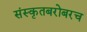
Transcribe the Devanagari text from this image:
संस्कृतबरोबरच